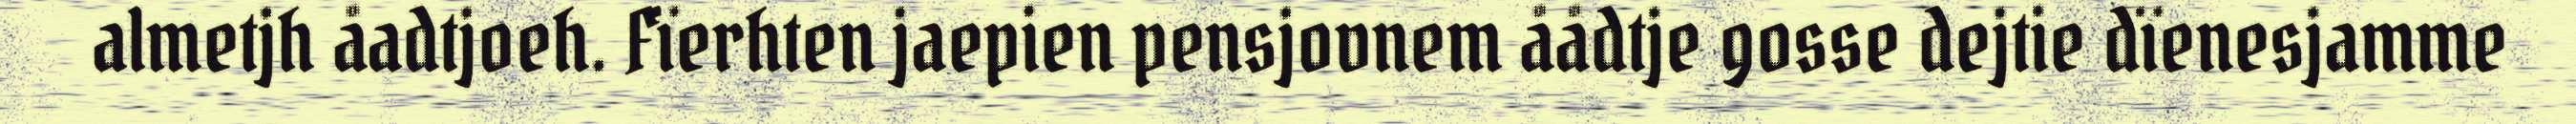
almetjh åadtjoeh. Fïerhten jaepien pensjovnem åådtje gosse dejtie dïenesjamme